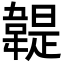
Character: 䪘